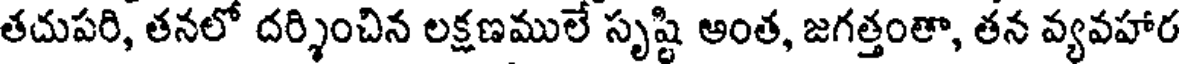
తదుపరి, తనలో దర్శించిన లక్షణములే సృష్టి అంత, జగత్తంతా, తన వ్యవహార